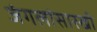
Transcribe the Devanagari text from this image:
जंगलांसारखी